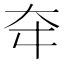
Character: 𡗢